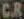
C.R